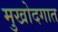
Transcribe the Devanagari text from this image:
मुखोदगात